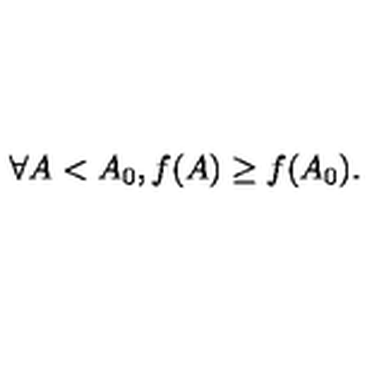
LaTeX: \forall A < A _ { 0 } , f ( A ) \geq f ( A _ { 0 } ) .